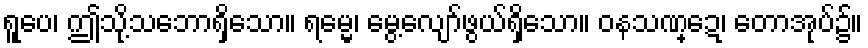
ရူပေ၊ ဤသို့သဘောရှိသော။ ရမ္မေ၊ မွေ့လျော်ဖွယ်ရှိသော။ ဝနသဏ္ဍေ၊ တောအုပ်၌။